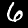
Label: 6